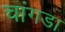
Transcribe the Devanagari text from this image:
चांगडा